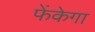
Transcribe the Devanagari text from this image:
फेंकेगा